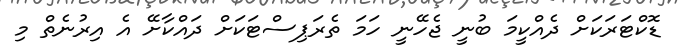
ޑޮކްޓަރަކަށް ދެއްކީމަ ބުނީ ޖެހޭނީ ހަމަ ތެރަޕިސްޓަކަށް ދައްކާށޭ އެ އިރުނެތް މި